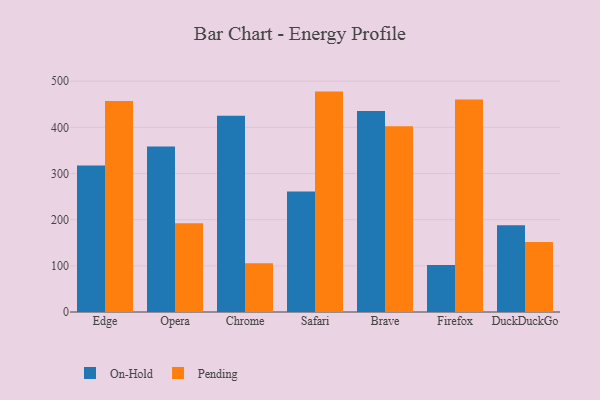
{"axis": {"x": "Browser", "y": "Website Visitors"}, "legend": ["On-Hold", "Pending"], "data": [{"x": "Edge", "y": 317.3, "type": "On-Hold"}, {"x": "Edge", "y": 457.2, "type": "Pending"}, {"x": "Opera", "y": 358.3, "type": "On-Hold"}, {"x": "Opera", "y": 192.5, "type": "Pending"}, {"x": "Chrome", "y": 425.3, "type": "On-Hold"}, {"x": "Chrome", "y": 105.4, "type": "Pending"}, {"x": "Safari", "y": 261.0, "type": "On-Hold"}, {"x": "Safari", "y": 477.4, "type": "Pending"}, {"x": "Brave", "y": 435.3, "type": "On-Hold"}, {"x": "Brave", "y": 402.6, "type": "Pending"}, {"x": "Firefox", "y": 101.8, "type": "On-Hold"}, {"x": "Firefox", "y": 460.1, "type": "Pending"}, {"x": "DuckDuckGo", "y": 188.0, "type": "On-Hold"}, {"x": "DuckDuckGo", "y": 151.6, "type": "Pending"}]}